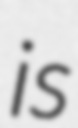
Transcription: is